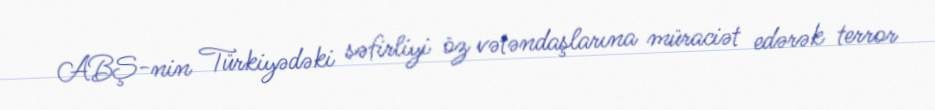
ABŞ-nin Türkiyədəki səfirliyi öz vətəndaşlarına müraciət edərək terror